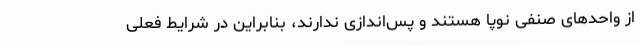
از واحدهای صنفی نوپا هستند و پس‌اندازی ندارند، بنابراین در شرایط فعلی